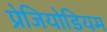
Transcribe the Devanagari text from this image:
प्रेजियोडियम